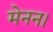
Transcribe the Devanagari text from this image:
मेनन।